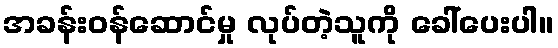
အခန်းဝန်ဆောင်မှု လုပ်တဲ့သူကို ခေါ်ပေးပါ။